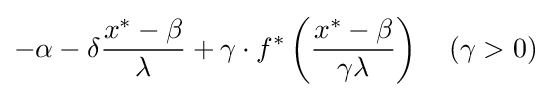
-\alpha -\delta {\frac {x^{*}-\beta }{\lambda }}+\gamma \cdot f^{*}\left({\frac {x^{*}-\beta }{\gamma \lambda }}\right)\quad (\gamma >0)